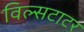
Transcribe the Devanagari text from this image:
विल्सटाटर